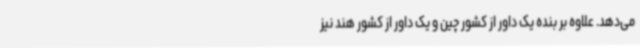
می‌دهد. علاوه بر بنده یک داور از کشور چین و یک داور از کشور هند نیز